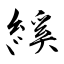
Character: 縘